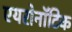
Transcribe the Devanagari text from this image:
एयरोनॉटिक